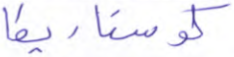
كوستاريكا